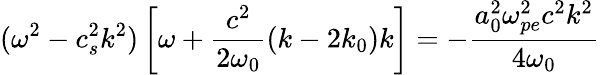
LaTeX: (\omega^{2}-c_{s}^{2}k^{2})\left[\omega+\frac{c^{2}}{2\omega_{0}}(k-2k_{0})k\right]=-\frac{a_{0}^{2}\omega_{pe}^{2}c^{2}k^{2}}{4\omega_{0}}